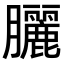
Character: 𫇃